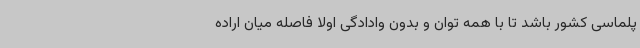
پلماسی کشور باشد تا با همه توان و بدون وادادگی اولاً فاصله میان اراده